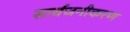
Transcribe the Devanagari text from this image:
सार्वजनीकरण